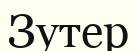
Зутер